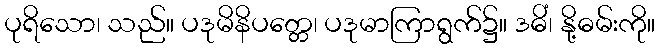
ပုရိသော၊ သည်။ ပဒုမိနိပတ္တေ၊ ပဒုမာကြာရွက်၌။ ဒဓိံ၊ နို့ဓမ်းကို။